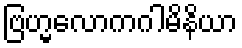
ဗြဟ္မလောကဂါမိနိယာ